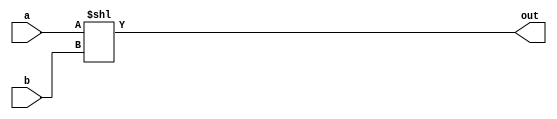
// ---------------------------------------------------------------------
//    Module:     32-bit Shift Left Module
//    Contact:    hoser21@up.edu and schedel21@up.edu
// ---------------------------------------------------------------------


`timescale 1ns / 1ns

module shiftLeft32 (out, a, b);

output [31:0] out;
input [31:0] a, b;

assign out = a << b;

endmodule